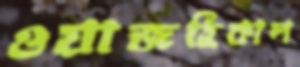
ওয়াজহিকাল